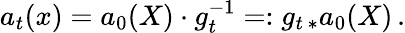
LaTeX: \begin{array}{r}{a_{t}(x)=a_{0}(X)\cdot g_{t}^{-1}=:g_{t\, *}a_{0}(X)\, .}\end{array}